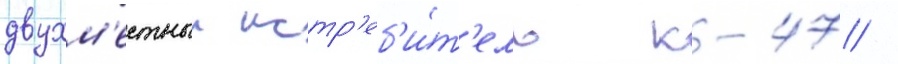
двухм'естныи истр'еб'и́т'ель к-47 /